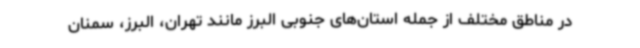
در مناطق مختلف از جمله استان‌های جنوبی البرز مانند تهران، البرز، سمنان